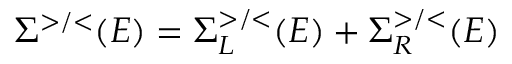
\Sigma ^ { > / < } ( E ) = \Sigma _ { L } ^ { > / < } ( E ) + \Sigma _ { R } ^ { > / < } ( E )